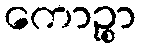
ကောဉ္စာ